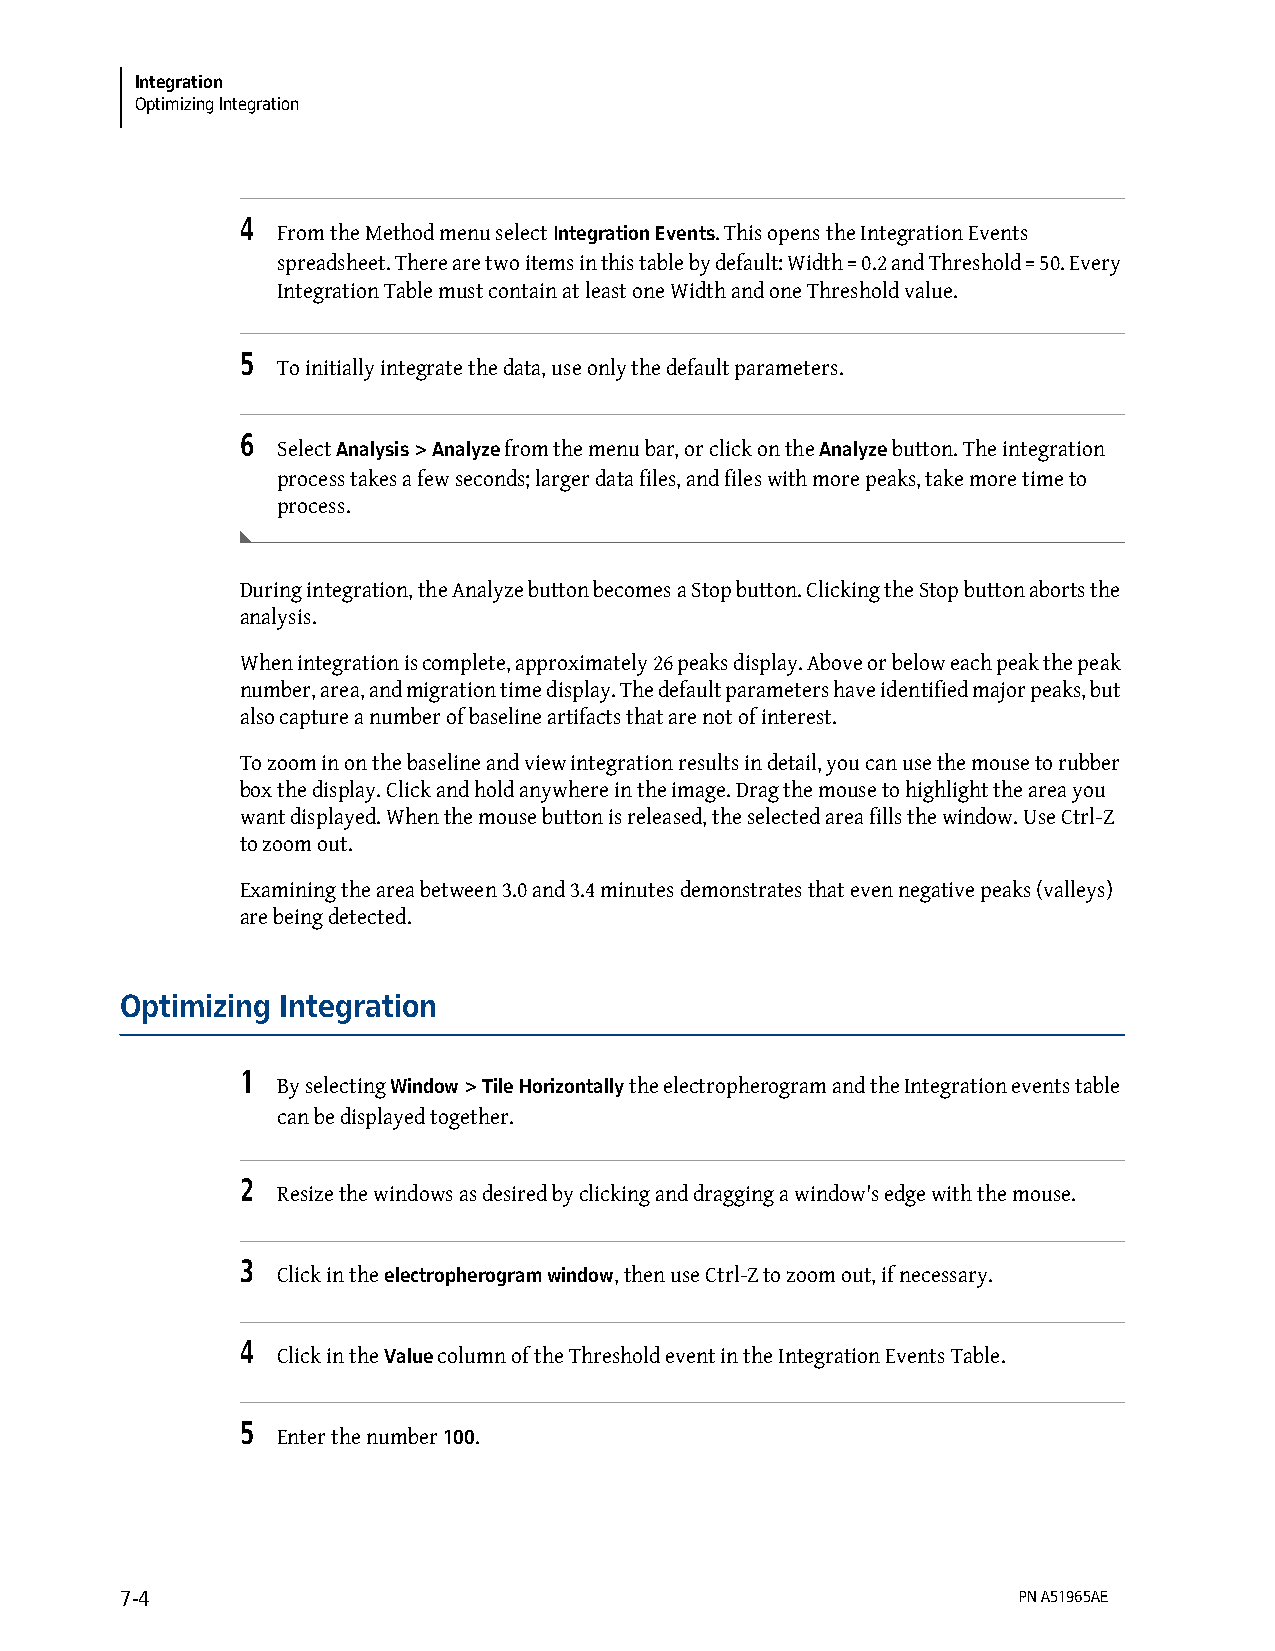
Integration
 Optimizing Integration
 4
 From the Method menu select Integration Events. This opens the Integration Events
 spreadsheet. There are two items in this table by default: Width = 0.2 and Threshold = 50. Every
 Integration Table must contain at least one Width and one Threshold value.
 5
 To initially integrate the data, use only the default parameters.
 6
 Select Analysis > Analyze from the menu bar, or click on the Analyze button. The integration
 process takes a few seconds; larger data files, and files with more peaks, take more time to
 process.
 During integration, the Analyze button becomes a Stop button. Clicking the Stop button aborts the
 analysis.
 When integration is complete, approximately 26 peaks display. Above or below each peak the peak
 number, area, and migration time display. The default parameters have identified major peaks, but
 also capture a number of baseline artifacts that are not of interest.
 To zoom in on the baseline and view integration results in detail, you can use the mouse to rubber
 box the display. Click and hold anywhere in the image. Drag the mouse to highlight the area you
 want displayed. When the mouse button is released, the selected area fills the window. Use Ctrl-Z
 to zoom out.
 Examining the area between 3.0 and 3.4 minutes demonstrates that even negative peaks (valleys)
 are being detected.
 Optimizing Integration
 1
 By selecting Window > Tile Horizontally the electropherogram and the Integration events table
 can be displayed together.
 2
 Resize the windows as desired by clicking and dragging a window's edge with the mouse.
 3
 Click in the electropherogram window, then use Ctrl-Z to zoom out, if necessary.
 4
 Click in the Value column of the Threshold event in the Integration Events Table.
 5
 Enter the number 100.
 7-4                                                        PN A51965AE